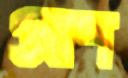
প্রাণ